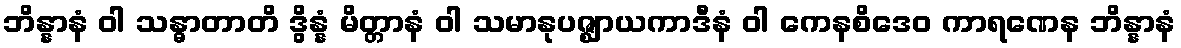
ဘိန္နာနံ ဝါ သန္ဓာတာတိ ဒွိန္နံ မိတ္တာနံ ဝါ သမာနုပဇ္ဈာယကာဒီနံ ဝါ ကေနစိဒေဝ ကာရဏေန ဘိန္နာနံ